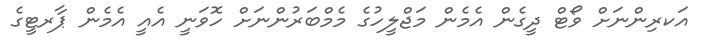
އަކރިިންނަށް ވޯޓް ދީގެން އެމެން މަޖްލީހުގެ މެމްބަރުންނަށް ހޮވަނީ އެއީ އެމެން ޕާރޓީގެ